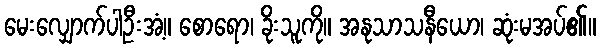
မေးလျှောက်ပါဦးအံ့။ စောရော၊ ခိုးသူကို။ အနုသာသနီယော၊ ဆုံးမအပ်၏။